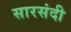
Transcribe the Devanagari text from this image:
सारसंदी